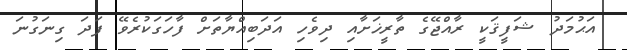
އަޙުމަދު ޝަފީޤަކީ ރާއްޖޭގެ ތާރީޚަށާއި ދިވެހި އަދަބިއްޔާތަށް ފާހަގަކުރެވޭ ފަދަ ގިނަގުނަ